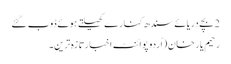
2 بچے دریائے سندھ کنارے کھیلتے ہوئے ڈوب گئے
رحیم یار خان (اُردو پوائنٹ اخبارتازہ ترین۔